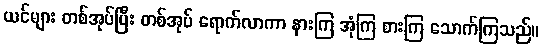
ယင်များ တစ်အုပ်ပြီး တစ်အုပ် ရောက်လာကာ နားကြ အုံကြ စားကြ သောက်ကြသည်။